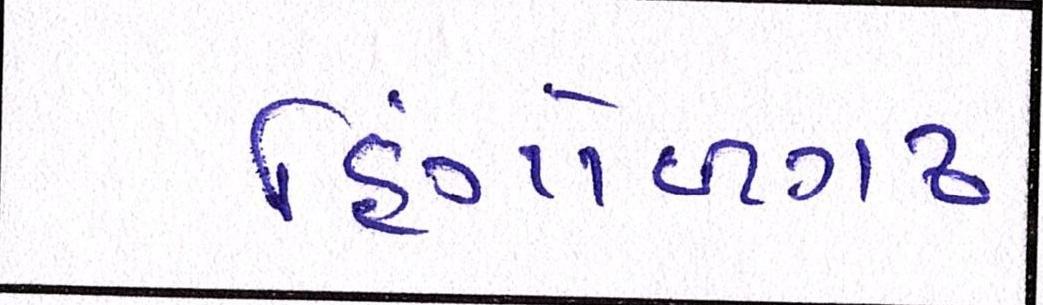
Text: હિંગોળગઢ